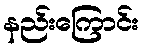
နည်းကြောင်း